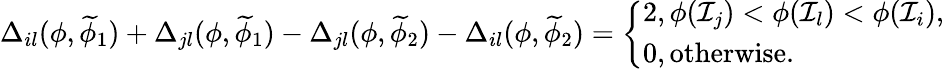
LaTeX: \begin{array}{r}{\Delta_{il}(\phi,\widetilde{\phi}_{1})+\Delta_{jl}(\phi,\widetilde{\phi}_{1})-\Delta_{jl}(\phi,\widetilde{\phi}_{2})-\Delta_{il}(\phi,\widetilde{\phi}_{2})=\left\{ \begin{array}{ll}{2,\phi(\mathcal{I}_{j})<\phi(\mathcal{I}_{l})<\phi(\mathcal{I}_{i}),}\\ {0,\mathrm{otherwise}.}\end{array}\right.}\end{array}